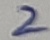
Text: 2